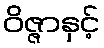
ဝိဇ္ဇာနှင့်